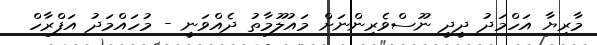
މާރިޔާ އަހްމަދު ދީދީ ނޫސްވެރިންނަށް މައުލޫމާތު ދެއްވަނީ - މުހައްމަދު އަފްރާހް